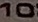
10